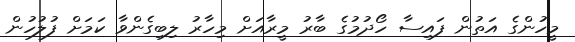
މީހުންގެ އަތުން ފައިސާ ހޯދުމުގެ ބާރު މީރާއަށް މިހާރު ލިބިގެންވާ ކަމަށް ފުލުހުން